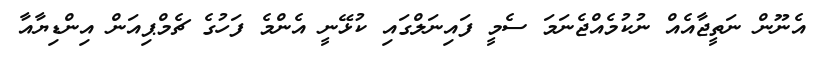
އެނޫން ނަތީޖާއެއް ނުކުމެއްޖެނަމަ ސެމީ ފައިނަލްގައި ކުޅޭނީ އެންމެ ފަހުގެ ޗެމްޕިއަން އިންޑިޔާއާ